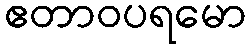
ဧတာဝပရမော